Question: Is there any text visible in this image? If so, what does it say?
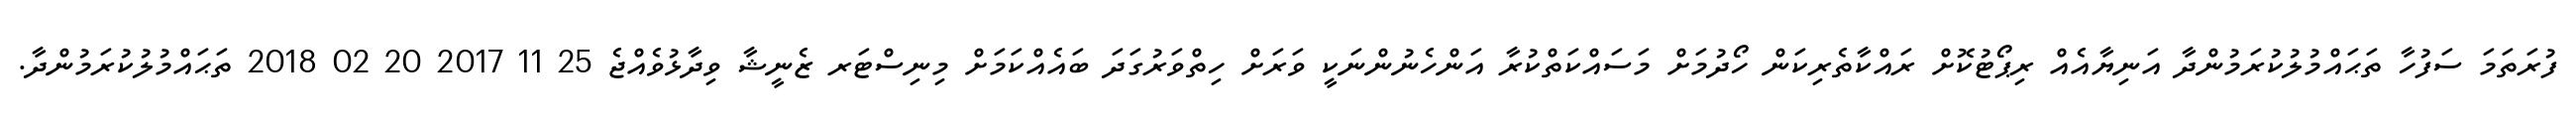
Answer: ފުރަތަމަ ސަފުހާ ތަޙައްމުލުކުރަމުންދާ އަނިޔާއެއް ރިޕޯޓުކޮށް ރައްކާތެރިކަން ހޯދުމަށް މަސައްކަތްކުރާ އަންހެނުންނަކީ ވަރަށް ހިތްވަރުގަދަ ބައެއްކަމަށް މިނިސްޓަރ ޒެނީޝާ ވިދާޅުވެއްޖެ 25 11 2017 20 02 2018 ތަޙައްމުލުކުރަމުންދާ.